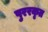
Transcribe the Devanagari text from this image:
पुररकृत